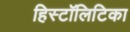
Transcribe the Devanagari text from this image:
हिस्टॉलिटिका